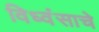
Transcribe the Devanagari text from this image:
विध्वंसाचे